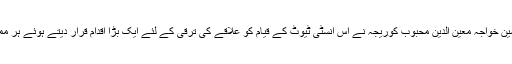
دوسری طرف سجادہ نشین خواجہ معین الدین محبوب کوریجہ نے اس انسٹی ٹیوٹ کے قیام کو علاقے کی ترقی کے لئے ایک بڑا اقدام قرار دیتے ہوئے ہر ممکن تعاون کا یقین دلایا۔